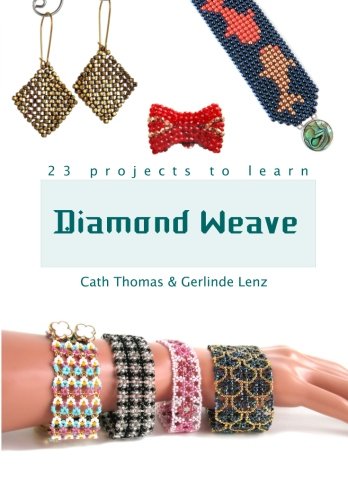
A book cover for Diamond Weave: A complete guide to mastering the bead world's newest stitch; Cath Thomas; Crafts, Hobbies & Home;